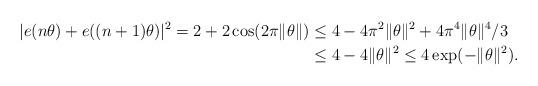
LaTeX: \begin{align*}|e(n\theta)+e((n+1)\theta)|^2=2+2\cos(2\pi \|\theta\|)&\le 4-4\pi^2 \|\theta\|^2+4\pi^4 \|\theta\|^4/3\\&\le 4-4\|\theta\|^2\le 4\exp(-\|\theta\|^2).\end{align*}